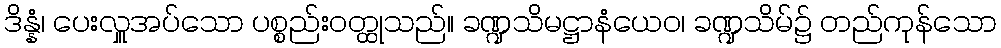
ဒိန္နံ၊ ပေးလှူအပ်သော ပစ္စည်းဝတ္ထုသည်။ ခဏ္ဍသိမဋ္ဌာနံယေဝ၊ ခဏ္ဍသိမ်၌ တည်ကုန်သော